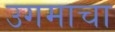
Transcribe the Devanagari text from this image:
उगमाचा